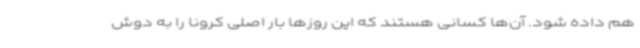
هم داده شود. آن‌ها کسانی هستند که این روزها بار اصلی کرونا را به دوش